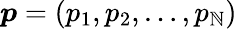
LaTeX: \boldsymbol{p}=\left(p_{1},p_{2},\dots,p_{\mathbb{N}}\right)